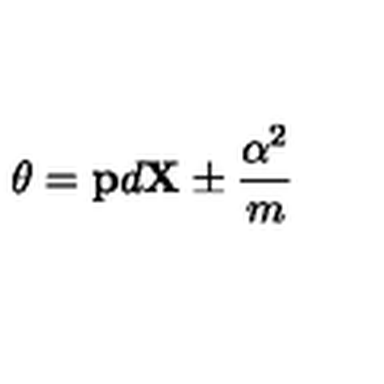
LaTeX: \theta = { \bf p } d { \bf X } \pm { \frac { \alpha ^ { 2 } } { m } }